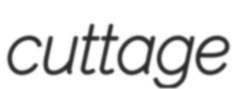
cuttage